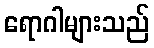
ရောဂါများသည်